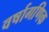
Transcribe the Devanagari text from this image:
वर्षागणिक